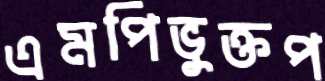
এমপিভুক্তপ